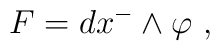
F= dx^- \wedge \varphi~,